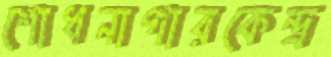
শোধনাগারকেন্দ্র